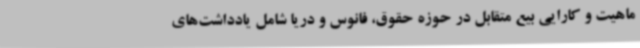
ماهیت و کارایی بیع متقابل در حوزه حقوق، فانوس و دریا شامل یادداشت‌های